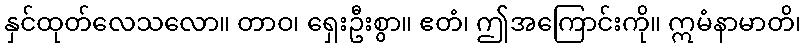
နှင်ထုတ်လေသလော။ တာဝ၊ ရှေးဦးစွာ။ ဧတံ၊ ဤအကြောင်းကို။ ဣမံနာမာတိ၊